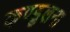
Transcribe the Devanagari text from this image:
कण्डुलना